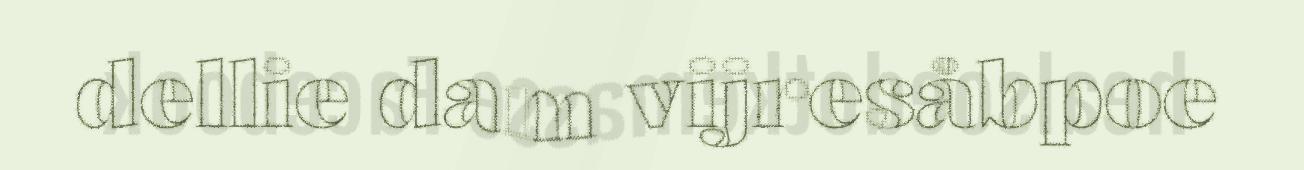
dellie dam vijresåbpoe